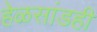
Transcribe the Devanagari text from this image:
हेळसांडही